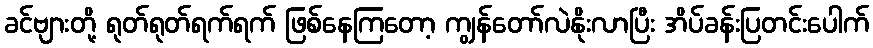
ခင်ဗျားတို့ ရုတ်ရုတ်ရက်ရက် ဖြစ်နေကြတော့ ကျွန်တော်လဲနိုးလာပြီး အိပ်ခန်းပြတင်းပေါက်